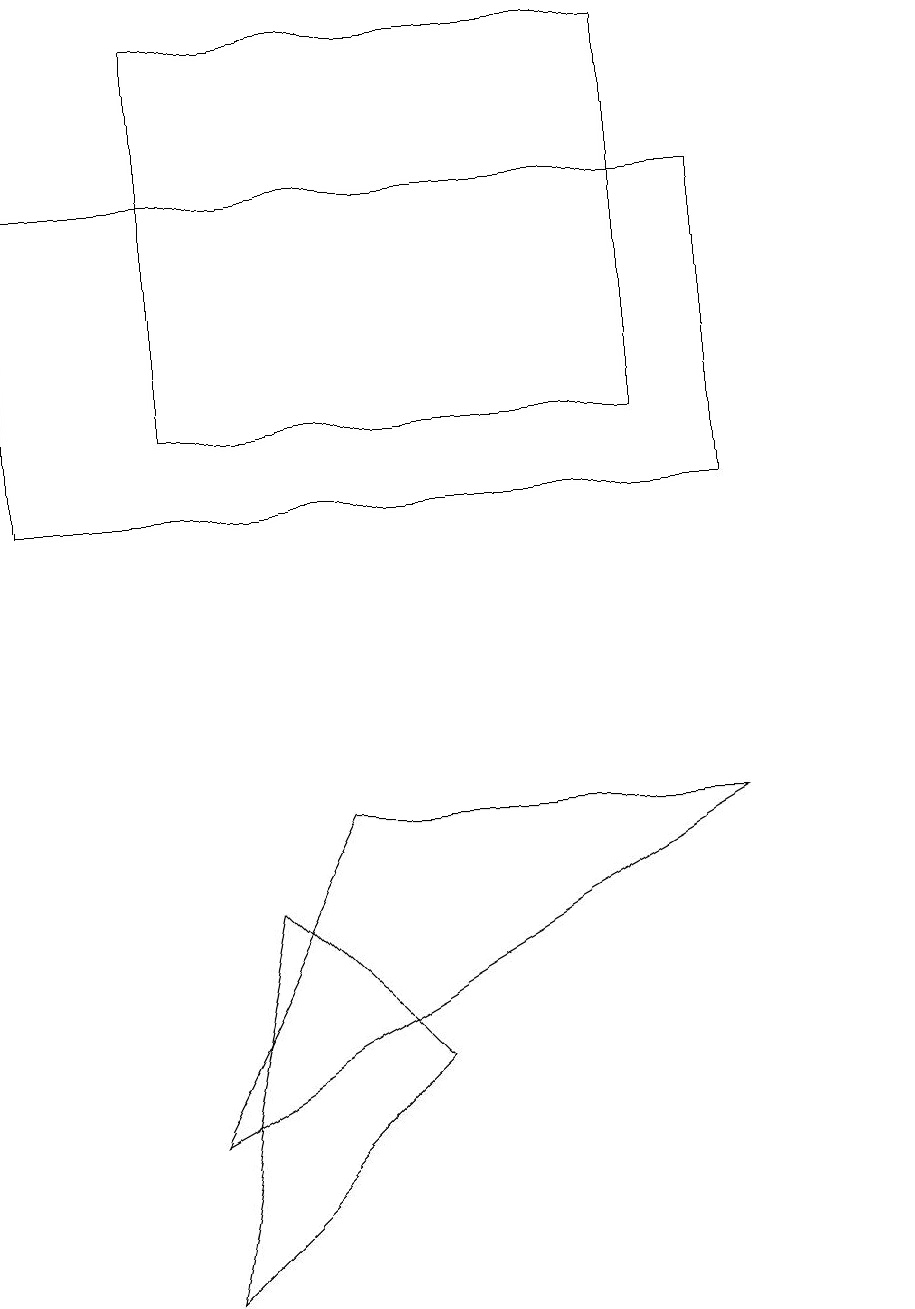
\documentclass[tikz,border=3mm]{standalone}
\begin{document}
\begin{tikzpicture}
\draw (3,7) -- (5,5) -- (2,2) -- cycle;
\draw (11,10) circle (0);
\draw (9,8) -- (4,8) -- (2,4) -- cycle;
\draw (2,13) rectangle (8,18);
\draw (0,12) rectangle (9,16);
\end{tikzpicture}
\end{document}